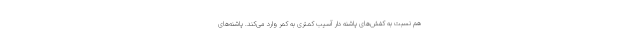
هم نسبت به کفش‌های پاشنه دار آسیب کمتری به کمر وارد می‌کند. پاشنه‌های